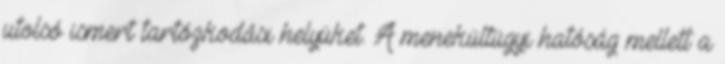
utolsó ismert tartózkodási helyüket. A menekültügyi hatóság mellett a